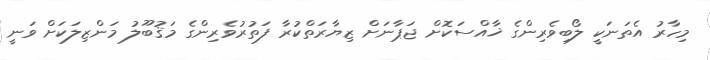
މިހާރު އެތަނަކީ ލޯބިވެރިންގެ ޚާއްސަކޮށް ޖަޕާނަށް ޒިޔާރަތްކުރާ ފަތުރުވެރިންގެ މަޤުބޫލު މަންޒިލަކަށް ވަނީ